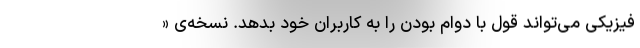
فیزیکی می‌تواند قول با دوام بودن را به کاربران خود بدهد. نسخه‌ی «